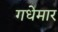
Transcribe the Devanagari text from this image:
गधेमार